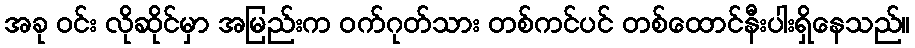
အခု ဝင်း လိုဆိုင်မှာ အမြည်းက ဝက်ဂုတ်သား တစ်ကင်ပင် တစ်ထောင်နီးပါးရှိနေသည်။